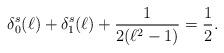
LaTeX: \begin{align*}\delta_0^s(\ell)+\delta_1^s(\ell)+\frac{1}{2(\ell^2-1)}=\frac{1}{2}.\end{align*}